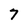
Character: 7